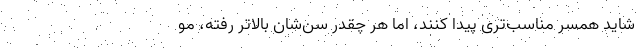
شاید همسر مناسب‌تری پیدا کنند، اما هر چقدر سن‌شان بالاتر رفته، مو